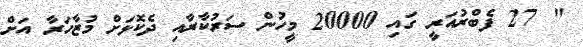
" 27 ފެބްރުއަރީ ގައި 20000 މީހުން ސަރުކާރާއި ދެކޮޅަށް މުޒާހަރާ އަށް